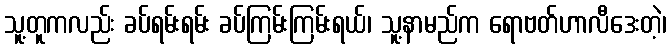
သူ့တူကလည်း ခပ်ရမ်းရမ်း ခပ်ကြမ်းကြမ်းရယ်၊ သူ့နာမည်က ရောဗတ်ဟာလီဒေးတဲ့၊